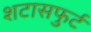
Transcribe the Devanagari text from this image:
शटासफुर्ट